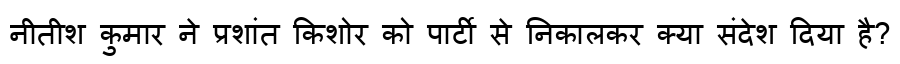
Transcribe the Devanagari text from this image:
नीतीश कुमार ने प्रशांत किशोर को पार्टी से निकालकर क्या संदेश दिया है?